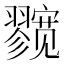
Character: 𱚛